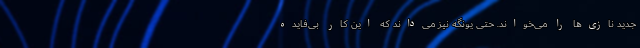
جدید نازی‌ها را می‌خواند. حتی یونگه نیز می‌داند که این کار بی‌فایده